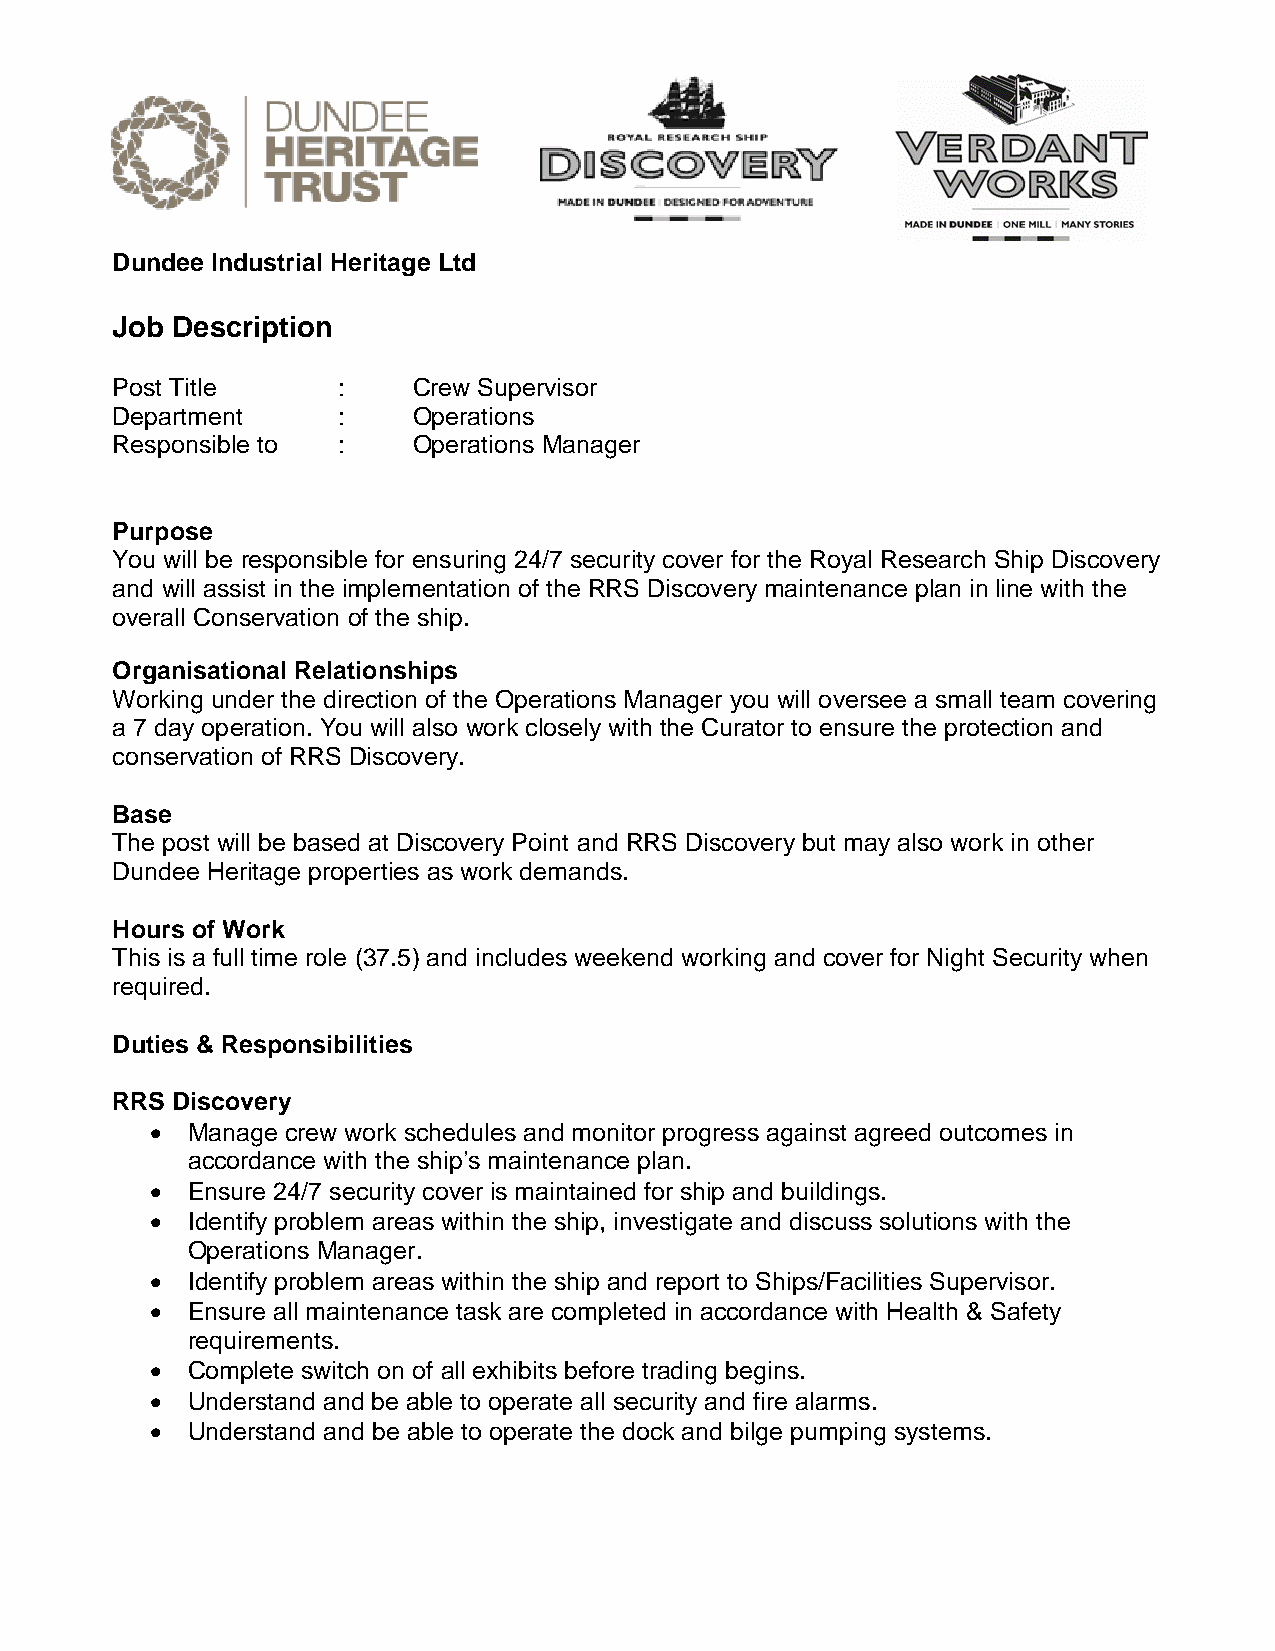
Dundee Industrial Heritage Ltd
 Job Description
 Post Title     :    Crew Supervisor
 Department     :    Operations
 Responsible to :    Operations Manager
 Purpose
 You will be responsible for ensuring 24/7 security cover for the Royal Research Ship Discovery
 and will assist in the implementation of the RRS Discovery maintenance plan in line with the
 overall Conservation of the ship.
 Organisational Relationships
 Working under the direction of the Operations Manager you will oversee a small team covering
 a 7 day operation. You will also work closely with the Curator to ensure the protection and
 conservation of RRS Discovery.
 Base
 The post will be based at Discovery Point and RRS Discovery but may also work in other
 Dundee Heritage properties as work demands.
 Hours of Work
 This is a full time role (37.5) and includes weekend working and cover for Night Security when
 required.
 Duties & Responsibilities
 RRS Discovery
  Manage crew work schedules and monitor progress against agreed outcomes in
 accordance with the ship’s maintenance plan.
  Ensure 24/7 security cover is maintained for ship and buildings.
  Identify problem areas within the ship, investigate and discuss solutions with the
 Operations Manager.
  Identify problem areas within the ship and report to Ships/Facilities Supervisor.
  Ensure all maintenance task are completed in accordance with Health & Safety
 requirements.
  Complete switch on of all exhibits before trading begins.
  Understand and be able to operate all security and fire alarms.
  Understand and be able to operate the dock and bilge pumping systems.